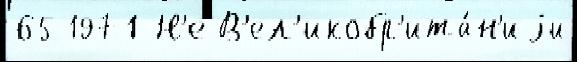
65 1971 Н'е В'ел'икобр'ита́н'иjи